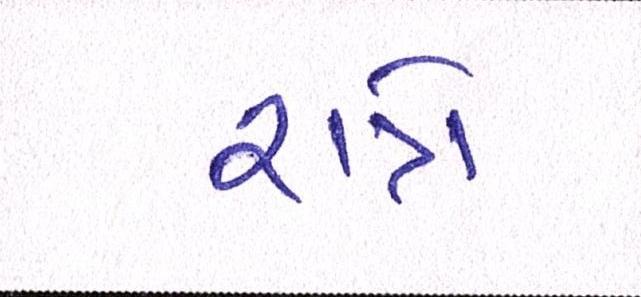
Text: રાત્રે